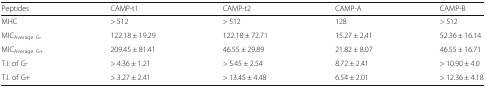
<table><thead><tr><td><b>Peptides</b></td><td><b>CAMP-t1</b></td><td><b>CAMP-t2</b></td><td><b>CAMP-A</b></td><td><b>CAMP-B</b></td></tr></thead><tbody><tr><td>MHC</td><td>&gt; 512</td><td>&gt; 512</td><td>128</td><td>&gt; 512</td></tr><tr><td>MIC<sub>Average G-</sub></td><td>122.18 ± 19.29</td><td>122.18 ± 72.71</td><td>15.27 ± 2.41</td><td>52.36 ± 16.14</td></tr><tr><td>MIC<sub>Average G+</sub></td><td>209.45 ± 81.41</td><td>46.55 ± 29.89</td><td>21.82 ± 8.07</td><td>46.55 ± 16.71</td></tr><tr><td>T.I. of G-</td><td>&gt; 4.36 ± 1.21</td><td>&gt; 5.45 ± 2.54</td><td>8.72 ± 2.41</td><td>&gt; 10.90 ± 4.0</td></tr><tr><td>T.I. of G+</td><td>&gt; 3.27 ± 2.41</td><td>&gt; 13.45 ± 4.48</td><td>6.54 ± 2.01</td><td>&gt; 12.36 ± 4.18</td></tr></tbody></table>